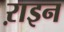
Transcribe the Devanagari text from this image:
ऱाइन